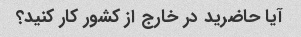
آیا حاضرید در خارج از کشور کار کنید؟